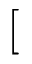
[